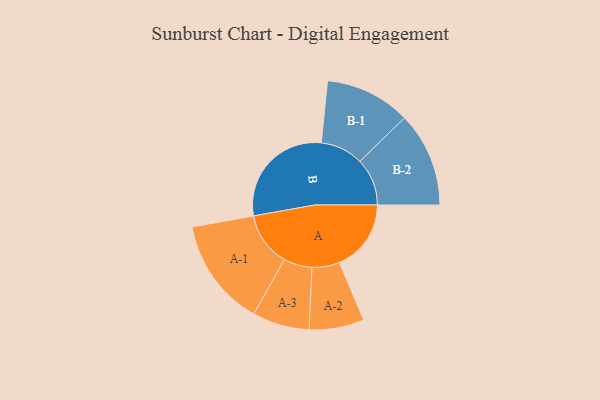
{"axis": {"x": "Segment", "y": "Value"}, "legend": ["", "A", "B"], "data": [{"x": "A", "y": 285, "type": ""}, {"x": "B", "y": 450, "type": ""}, {"x": "A-1", "y": 215, "type": "A"}, {"x": "A-2", "y": 109, "type": "A"}, {"x": "A-3", "y": 113, "type": "A"}, {"x": "B-1", "y": 170, "type": "B"}, {"x": "B-2", "y": 188, "type": "B"}]}